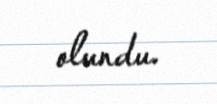
olundu.